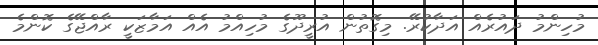
މުހިންމު ދައުރެއް އަދާކުރޭ. މިގޮތުން އުރީދޫގެ މުހިއްމު އެއް އަމާޒަކީ ރާއްޖޭގެ ކޮންމެ